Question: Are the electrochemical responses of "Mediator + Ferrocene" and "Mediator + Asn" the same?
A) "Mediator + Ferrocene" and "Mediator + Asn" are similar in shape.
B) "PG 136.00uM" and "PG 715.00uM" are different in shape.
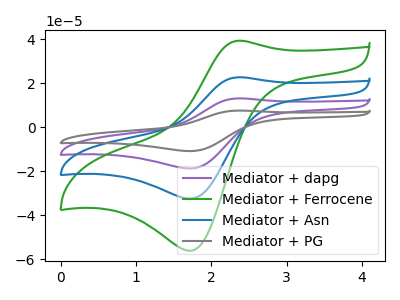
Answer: <think>The purple curve "Mediator + dapg" has an anodic peak at (2.35V, 45.50uA) and a cathodic peak at (1.75V, -64.85uA). The green curve "Mediator + Ferrocene" has an anodic peak at (2.35V, 39.40uA) and a cathodic peak at (1.75V, -56.10uA). The blue curve "Mediator + Asn" has an anodic peak at (2.35V, 22.75uA) and a cathodic peak at (1.75V, -32.40uA). The gray curve "Mediator + PG" has an anodic peak at (2.35V, 68.25uA) and a cathodic peak at (1.75V, -97.25uA).
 All the peaks in "Mediator + Ferrocene" have a peak in "Mediator + Asn" at the same potential. Every peak in "Mediator + Ferrocene" is higher than every peak in "Mediator + Asn".</think>
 <answer>A) "Mediator + Ferrocene" and "Mediator + Asn" are similar in shape.</answer>
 <eval>A</eval>